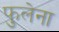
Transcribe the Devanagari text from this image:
फुलेना